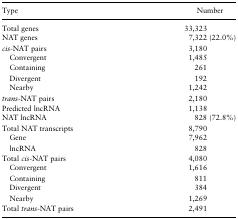
| Type | Number |
 | --- | --- |
 | Total genes | 33,323 |
 | NAT genes | 7,322 (22.0%) |
 | cis-NAT pairs | 3,180 |
 | Convergent | 1,485 |
 | Containing | 261 |
 | Divergent | 192 |
 | Nearby | 1,242 |
 | trans-NAT pairs | 2,180 |
 | Predicted lncRNA | 1,138 |
 | NAT lncRNA | 828 (72.8%) |
 | Total NAT transcripts | 8,790 |
 | Gene | 7,962 |
 | lncRNA | 828 |
 | Total cis-NAT pairs | 4,080 |
 | Convergent | 1,616 |
 | Containing | 811 |
 | Divergent | 384 |
 | Nearby | 1,269 |
 | Total trans-NAT pairs | 2,491 |